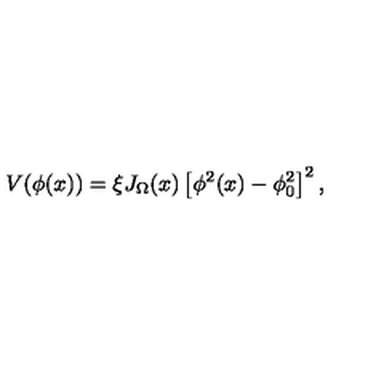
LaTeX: V ( \phi ( x ) ) = \xi J _ { \Omega } ( x ) \left[ \phi ^ { 2 } ( x ) - \phi _ { 0 } ^ { 2 } \right] ^ { 2 } ,